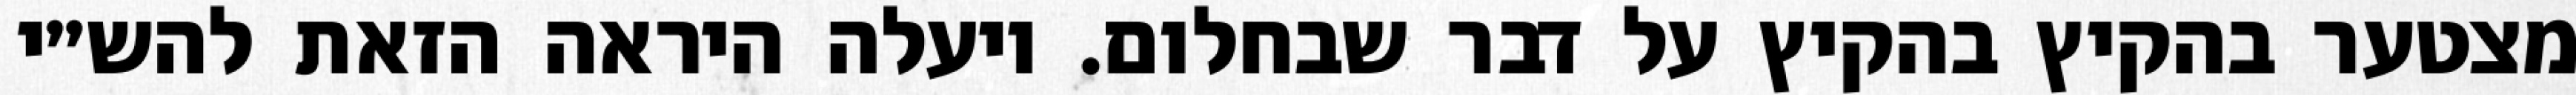
מצטער בהקיץ בהקיץ על דבר שבחלום. ויעלה היראה הזאת להש״י